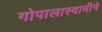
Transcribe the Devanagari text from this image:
गोपालास्वामीने